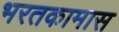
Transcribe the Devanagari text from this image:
भरतकामास